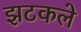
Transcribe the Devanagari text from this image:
झटकले